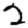
Digit: 2